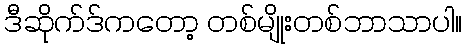
ဒီဆိုက်ဒ်ကတော့ တစ်မျိုးတစ်ဘာသာပါ။